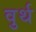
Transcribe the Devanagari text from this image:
वुर्थ